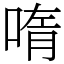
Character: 𫪳